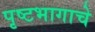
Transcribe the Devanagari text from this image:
पृष्टभागाचे